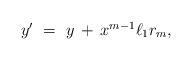
LaTeX: \begin{align*}\begin{minipage}[c]{35pc}$y'\ =\ y\,+\,x^{m-1} \ell_1 r_m,$\end{minipage}\end{align*}